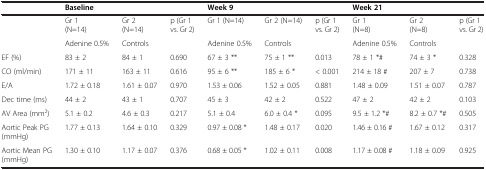
<table><thead><tr><td><b> </b></td><td><b>Baseline</b></td><td><b> </b></td><td><b> </b></td><td><b>Week 9</b></td><td><b> </b></td><td><b> </b></td><td><b>Week 21</b></td><td><b> </b></td><td><b> </b></td></tr></thead><tbody><tr><td> </td><td>Gr 1 (N=14)</td><td>Gr 2 (N=14)</td><td>p (Gr 1 vs. Gr 2)</td><td>Gr 1 (N=14)</td><td>Gr 2 (N=14)</td><td>p (Gr 1 vs. Gr 2)</td><td>Gr 1 (N=8)</td><td>Gr 2 (N=8)</td><td>p (Gr 1 vs. Gr 2)</td></tr><tr><td> </td><td>Adenine 0.5%</td><td>Controls</td><td> </td><td>Adenine 0.5%</td><td>Controls</td><td> </td><td>Adenine 0.5%</td><td>Controls</td><td> </td></tr><tr><td>EF (%)</td><td>83 ± 2</td><td>84 ± 1</td><td>0.690</td><td>67 ± 3 **</td><td>75 ± 1 **</td><td>0.013</td><td>78 ± 1 *#</td><td>74 ± 3 *</td><td>0.328</td></tr><tr><td>CO (ml/min)</td><td>171 ± 11</td><td>163 ± 11</td><td>0.616</td><td>95 ± 6 **</td><td>185 ± 6 *</td><td>&lt; 0.001</td><td>214 ± 18 #</td><td>207 ± 7</td><td>0.738</td></tr><tr><td>E/A</td><td>1.72 ± 0.18</td><td>1.61 ± 0.07</td><td>0.970</td><td>1.53 ± 0.06</td><td>1.52 ± 0.05</td><td>0.881</td><td>1.48 ± 0.09</td><td>1.51 ± 0.07</td><td>0.787</td></tr><tr><td>Dec time (ms)</td><td>44 ± 2</td><td>43 ± 1</td><td>0.707</td><td>45 ± 3</td><td>42 ± 2</td><td>0.522</td><td>47 ± 2</td><td>42 ± 2</td><td>0.103</td></tr><tr><td>AV Area (mm<sup>2</sup>)</td><td>5.1 ± 0.2</td><td>4.6 ± 0.3</td><td>0.217</td><td>5.1 ± 0.4</td><td>6.0 ± 0.4 *</td><td>0.095</td><td>9.5 ± 1.2 *#</td><td>8.2 ± 0.7 *#</td><td>0.505</td></tr><tr><td>Aortic Peak PG (mmHg)</td><td>1.77 ± 0.13</td><td>1.64 ± 0.10</td><td>0.329</td><td>0.97 ± 0.08 *</td><td>1.48 ± 0.17</td><td>0.020</td><td>1.46 ± 0.16 #</td><td>1.67 ± 0.12</td><td>0.317</td></tr><tr><td>Aortic Mean PG (mmHg)</td><td>1.30 ± 0.10</td><td>1.17 ± 0.07</td><td>0.376</td><td>0.68 ± 0.05 *</td><td>1.02 ± 0.11</td><td>0.008</td><td>1.17 ± 0.08 #</td><td>1.18 ± 0.09</td><td>0.925</td></tr></tbody></table>